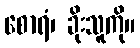
စောရံ၊ ခိုးသူကို။